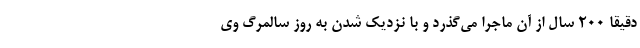
دقیقا ۲۰۰ سال از آن ماجرا می‌گذرد و با نزدیک شدن به روز سالمرگ وی